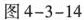
图4-3-14